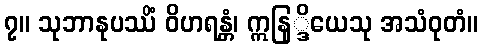
၇။ သုဘာနုပဿိံ ဝိဟရန္တံ၊ ဣနြ္ဒိယေသု အသံဝုတံ။